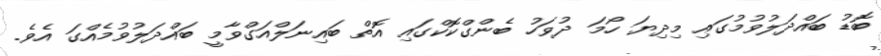
ބޮޑު ބައްދަލުވުމުގައި މިދިޔަ ހޯމަ ދުވަހު ބެންގްކޮކްގައި އޮތް ބައިނަލްއަގްވާމީ ބައްދަލުވުމެއްގަ އެވެ.